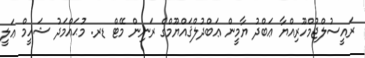
ރައީސުލްޖުމްހޫރިއްޔާ ޢަބްދު ޔާމީން ޢަބްދުލްޤައްޔޫމްގެ ރަނިން މޭޓް ޑރ. މުޙައްމަދު ޝަހީމް ޢަލީ